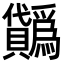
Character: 𧹋